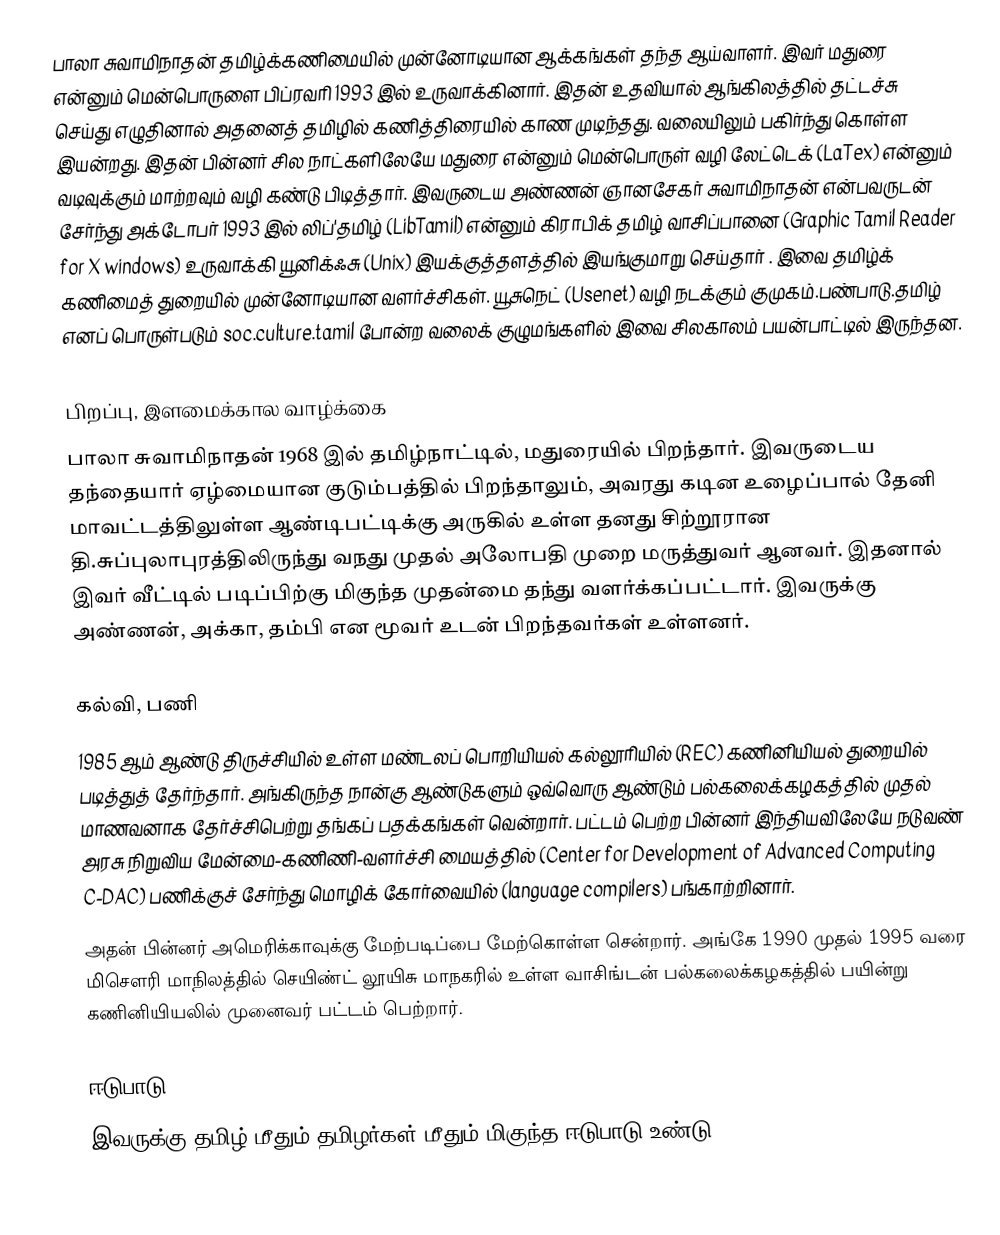
பாலா சுவாமிநாதன் தமிழ்க்கணிமையில் முன்னோடியான ஆக்கங்கள் தந்த ஆய்வாளர். இவர் மதுரை என்னும் மென்பொருளை பிப்ரவரி 1993 இல் உருவாக்கினார். இதன் உதவியால் ஆங்கிலத்தில் தட்டச்சு செய்து எழுதினால் அதனைத் தமிழில் கணித்திரையில் காண முடிந்தது. வலையிலும் பகிர்ந்து கொள்ள இயன்றது. இதன் பின்னர் சில நாட்களிலேயே மதுரை என்னும் மென்பொருள் வழி லேட்டெக் (LaTex) என்னும் வடிவுக்கும் மாற்றவும் வழி கண்டு பிடித்தார். இவருடைய அண்ணன் ஞானசேகர் சுவாமிநாதன் என்பவருடன் சேர்ந்து அக்டோபர் 1993 இல் லிப்'தமிழ் (LibTamil) என்னும் கிராபிக் தமிழ் வாசிப்பானை (Graphic Tamil Reader for X windows) உருவாக்கி யூனிக்ஃசு (Unix) இயக்குத்தளத்தில் இயங்குமாறு செய்தார் . இவை தமிழ்க் கணிமைத் துறையில் முன்னோடியான வளர்ச்சிகள். யூசுநெட் (Usenet) வழி நடக்கும் குமுகம்.பண்பாடு.தமிழ் எனப் பொருள்படும் soc.culture.tamil போன்ற வலைக் குழுமங்களில் இவை சிலகாலம் பயன்பாட்டில் இருந்தன.

பிறப்பு, இளமைக்கால வாழ்க்கை
பாலா சுவாமிநாதன் 1968 இல் தமிழ்நாட்டில், மதுரையில் பிறந்தார். இவருடைய தந்தையார் ஏழ்மையான குடும்பத்தில் பிறந்தாலும், அவரது கடின உழைப்பால் தேனி மாவட்டத்திலுள்ள ஆண்டிபட்டிக்கு அருகில் உள்ள தனது சிற்றூரான தி.சுப்புலாபுரத்திலிருந்து வநது முதல் அலோபதி முறை மருத்துவர் ஆனவர். இதனால் இவர் வீட்டில் படிப்பிற்கு மிகுந்த முதன்மை தந்து வளர்க்கப்பட்டார். இவருக்கு அண்ணன், அக்கா, தம்பி என மூவர் உடன் பிறந்தவர்கள் உள்ளனர்.

கல்வி, பணி
1985 ஆம் ஆண்டு திருச்சியில் உள்ள மண்டலப் பொறியியல் கல்லூரியில் (REC) கணினியியல் துறையில் படித்துத் தேர்ந்தார். அங்கிருந்த நான்கு ஆண்டுகளும் ஒவ்வொரு ஆண்டும் பல்கலைக்கழகத்தில் முதல் மாணவனாக தேர்ச்சிபெற்று தங்கப் பதக்கங்கள் வென்றார். பட்டம் பெற்ற பின்னர் இந்தியவிலேயே நடுவண் அரசு நிறுவிய மேன்மை-கணிணி-வளர்ச்சி மையத்தில் (Center for Development of Advanced Computing C-DAC) பணிக்குச் சேர்ந்து மொழிக் கோர்வையில் (language compilers) பங்காற்றினார்.
அதன் பின்னர் அமெரிக்காவுக்கு மேற்படிப்பை மேற்கொள்ள சென்றார். அங்கே 1990 முதல் 1995 வரை மிசௌரி மாநிலத்தில் செயிண்ட் லூயிசு மாநகரில் உள்ள வாசிங்டன் பல்கலைக்கழகத்தில் பயின்று கணினியியலில் முனைவர் பட்டம் பெற்றார்.

ஈடுபாடு
இவருக்கு தமிழ் மீதும் தமிழர்கள் மீதும் மிகுந்த ஈடுபாடு உண்டு.